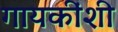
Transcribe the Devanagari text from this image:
गायकींशी